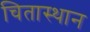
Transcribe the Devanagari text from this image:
चितास्थान